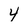
Character: 4